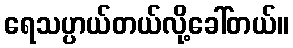
ရေသပ္ပာယ်တယ်လို့ခေါ်တယ်။